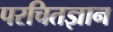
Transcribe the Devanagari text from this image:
परचितज्ञान